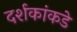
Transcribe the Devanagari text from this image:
दर्शकांकडे